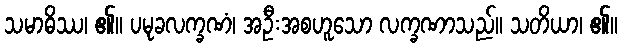
သမာဓိဿ၊ ၏။ ပမုခလက္ခဏံ၊ အဦးအစဟူသော လက္ခဏာသည်။ သတိယာ၊ ၏။